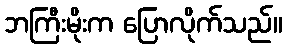
ဘကြီးမိုးက ပြောလိုက်သည်။